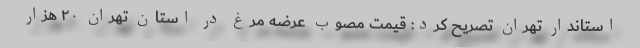
استاندار تهران تصریح کرد: قیمت مصوب عرضه مرغ در استان تهران ۲۰ هزار